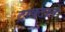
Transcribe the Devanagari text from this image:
ट्राक्टाते